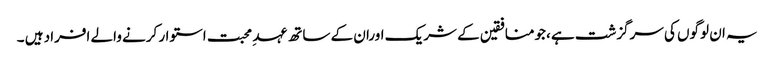
یہ ان لوگوں کی سرگزشت ہے ،جومنافقین کے شریک اوران کے ساتھ عہد ِ محبت استوار کرنے والے افراد ہیں ۔